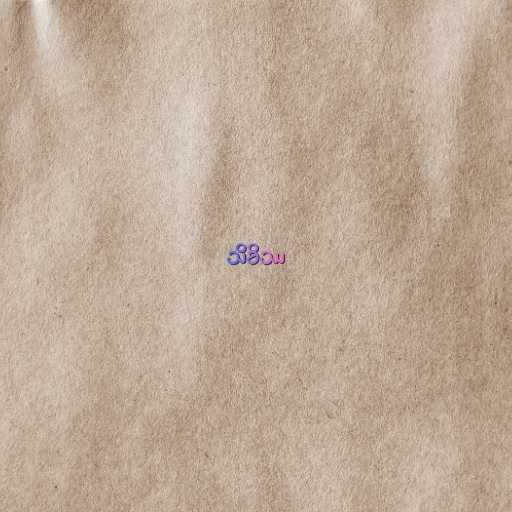
သိခိဿ